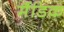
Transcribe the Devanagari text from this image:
मैंडिक